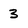
Character: 3